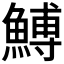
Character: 𩹲